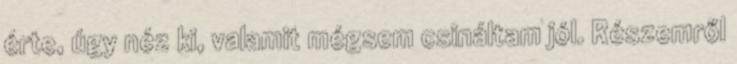
érte, úgy néz ki, valamit mégsem csináltam jól. Részemről